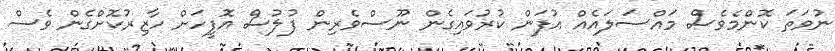
ނުވަތަ ކޮންމެވެސް މައްސަލައެއް އުފަން ކުރުވައިގެން ނޫސްވެރިން ފުލުސް އޮފީހަށް ހާޒިރުކޮށްގެން ވެސް